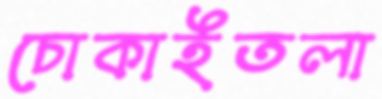
চোকাইতলা